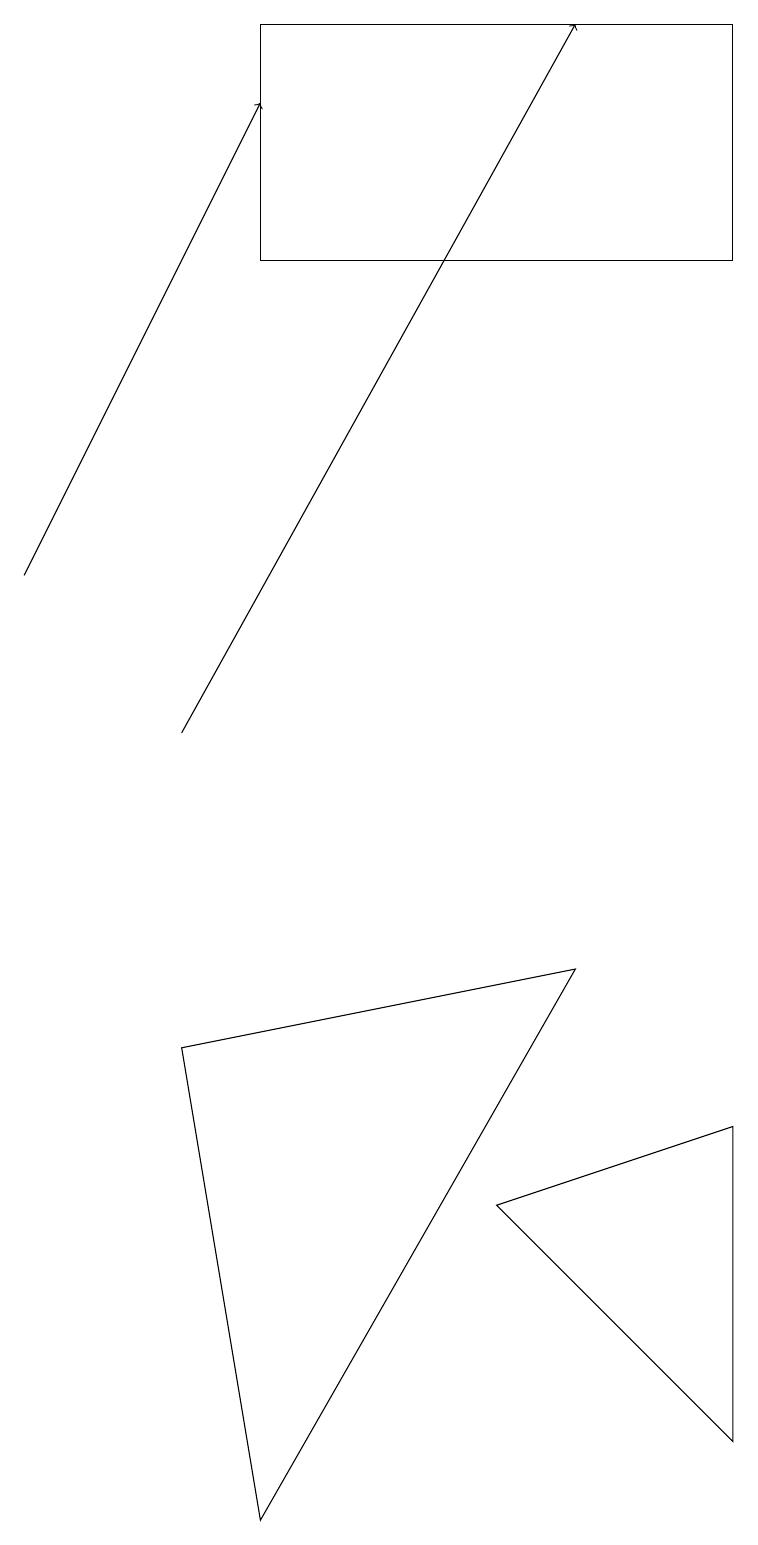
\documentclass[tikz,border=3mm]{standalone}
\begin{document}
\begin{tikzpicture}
\draw (3,0) -- (2,6) -- (7,7) -- cycle;
\draw[->] (0,12) -- (3,18);
\draw (9,16) rectangle (3,19);
\draw (9,5) -- (6,4) -- (9,1) -- cycle;
\draw[->] (2,10) -- (7,19);
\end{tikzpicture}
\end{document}